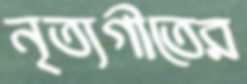
নৃত্যগীতের